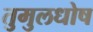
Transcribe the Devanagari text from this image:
तुमुलधोष